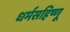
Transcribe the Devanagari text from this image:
धर्मसहिष्णू